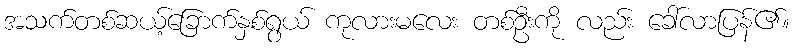
အသက်တစ်ဆယ့်ခြောက်နှစ်ရွယ် ကုလားမလေး တစ်ဦးကို လည်း ခေါ်လာပြန်၏။